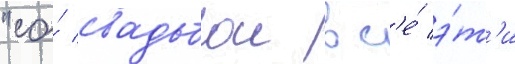
"со́ свадьбои вс'е́ э́т'и